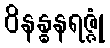
ဝိနန္ဓနရဇ္ဇုံ